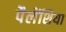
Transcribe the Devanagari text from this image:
पैलेंशिया